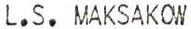
L.S.MAKSAKOW